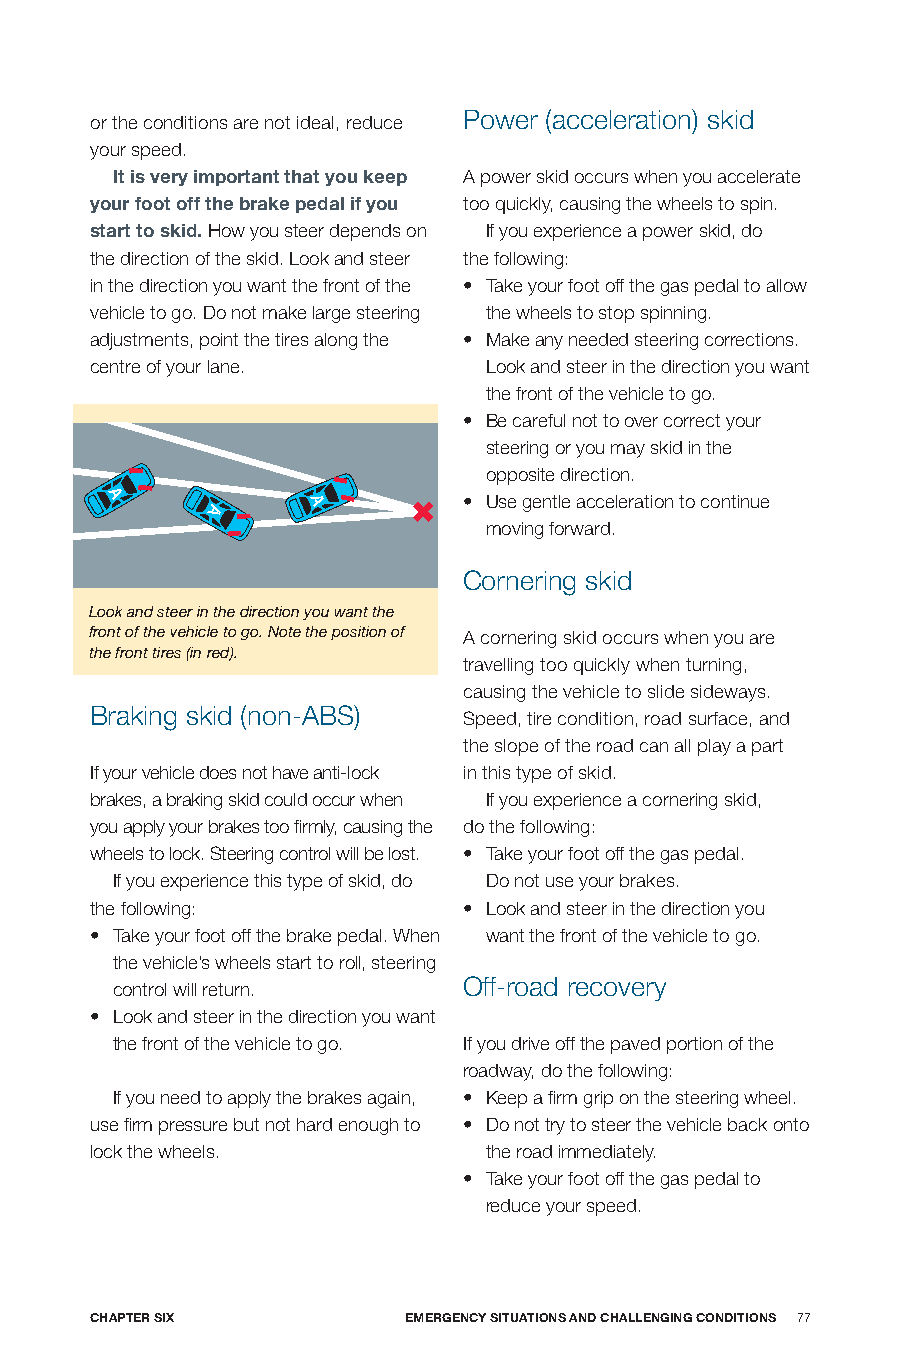
Power (acceleration) skid
 or the conditions are not ideal, reduce
 your speed.
 It is very important that you keep A power skid occurs when you accelerate
 your foot off the brake pedal if you too quickly, causing the wheels to spin.
 start to skid. How you steer depends on If you experience a power skid, do
 the direction of the skid. Look and steer the following:
 in the direction you want the front of the • Take your foot off the gas pedal to allow
 vehicle to go. Do not make large steering the wheels to stop spinning.
 adjustments, point the tires along the • Make any needed steering corrections.
 centre of your lane.      Look and steer in the direction you want
 the front of the vehicle to go.
 • Be careful not to over correct your
 steering or you may skid in the
 opposite direction.
 A      A     A          • Use gentle acceleration to continue
 moving forward.
 Cornering skid
 Look and steer in the direction you want the
 front of the vehicle to go. Note the position of A cornering skid occurs when you are
 the front tires (in red).
 travelling too quickly when turning,
 causing the vehicle to slide sideways.
 Braking skid (non-ABS)
 Speed, tire condition, road surface, and
 the slope of the road can all play a part
 If your vehicle does not have anti-lock in this type of skid.
 brakes, a braking skid could occur when If you experience a cornering skid,
 you apply your brakes too firmly, causing the do the following:
 wheels to lock. Steering control will be lost. • Take your foot off the gas pedal.
 If you experience this type of skid, do Do not use your brakes.
 the following:           • Look and steer in the direction you
 • Take your foot off the brake pedal. When want the front of the vehicle to go.
 the vehicle’s wheels start to roll, steering
 Off-road recovery
 control will return.
 • Look and steer in the direction you want
 the front of the vehicle to go. If you drive off the paved portion of the
 roadway, do the following:
 If you need to apply the brakes again, • Keep a firm grip on the steering wheel.
 use firm pressure but not hard enough to • Do not try to steer the vehicle back onto
 lock the wheels.          the road immediately.
 • Take your foot off the gas pedal to
 reduce your speed.
 CHApTER SIX          EmERGEnCy SITUATIonS AnD CHALLEnGInG ConDITIonS 77